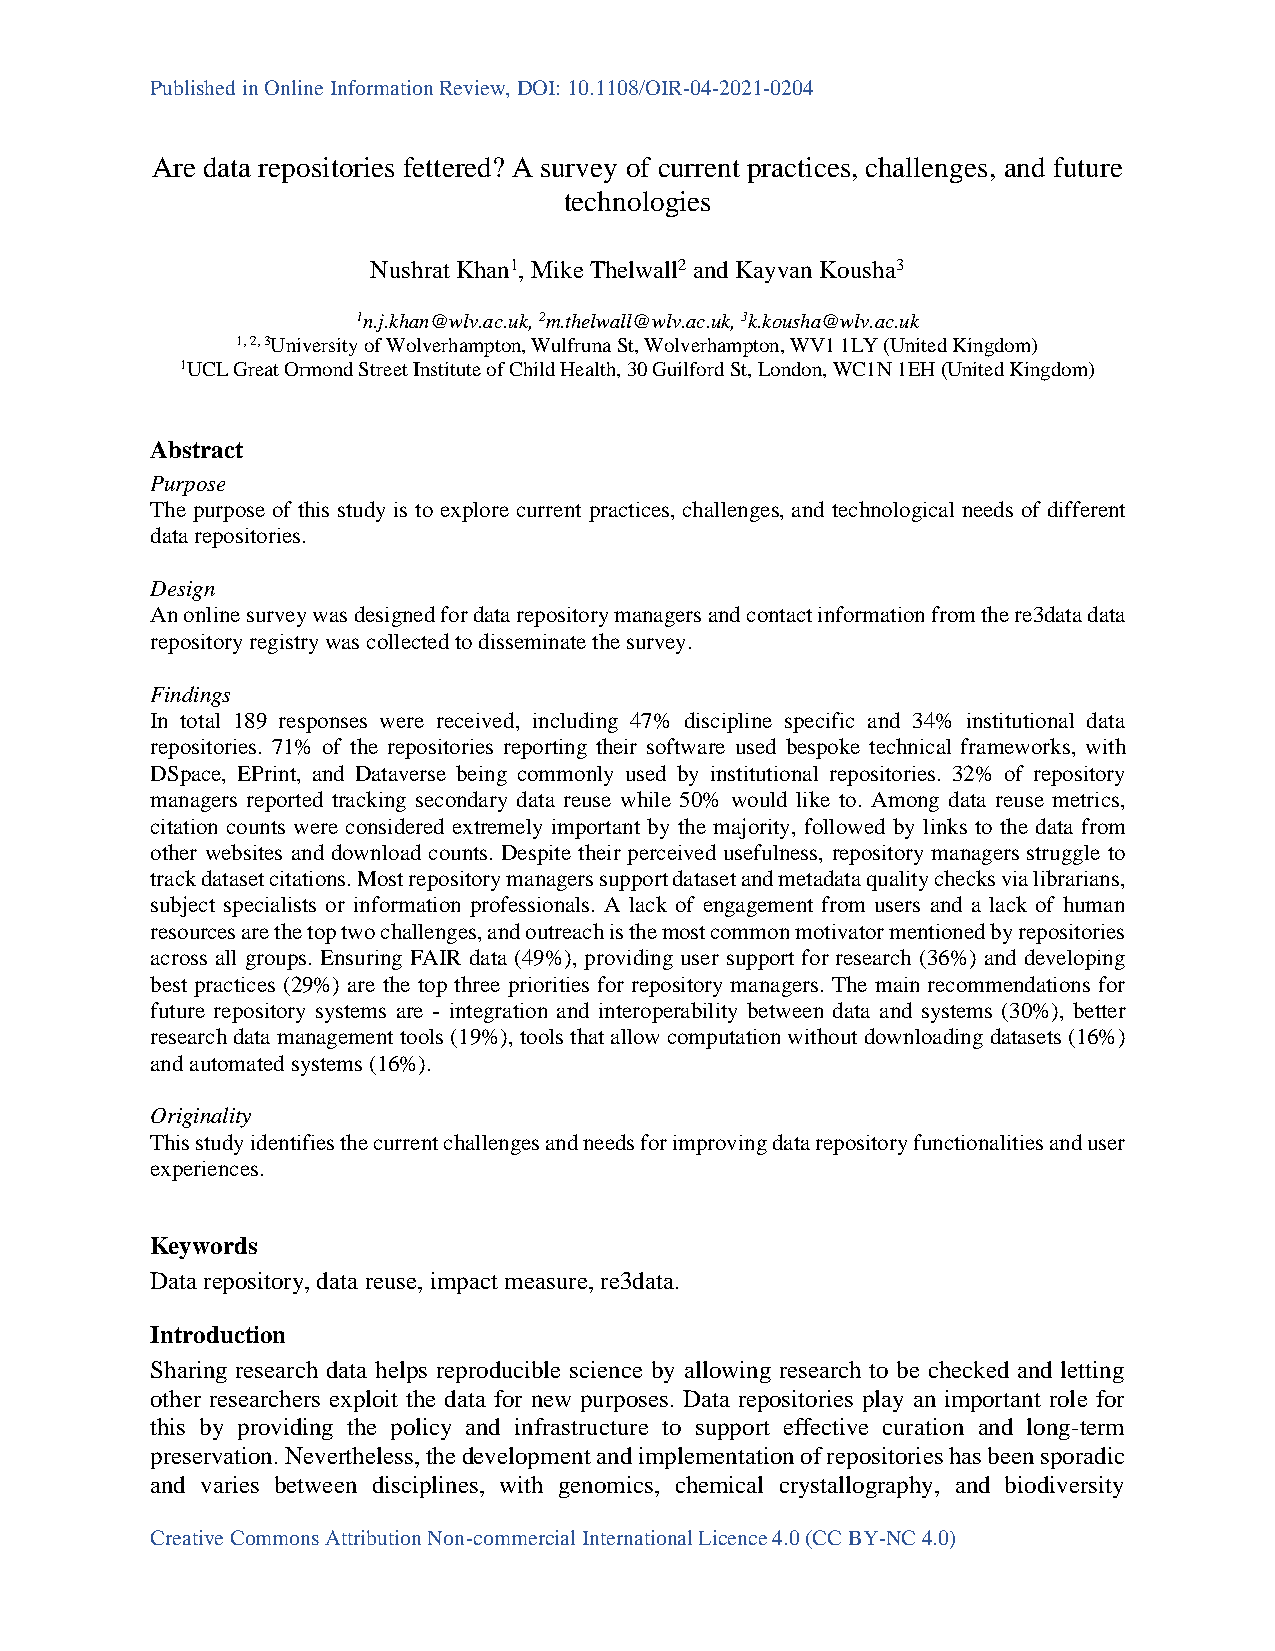
Published in Online Information Review, DOI: 10.1108/OIR-04-2021-0204
 Are data repositories fettered? A survey of current practices, challenges, and future
 technologies
 Nushrat Khan1, Mike Thelwall2 and Kayvan Kousha3
 1n.j.khan@wlv.ac.uk, 2m.thelwall@wlv.ac.uk, 3k.kousha@wlv.ac.uk
 1, 2, 3University of Wolverhampton, Wulfruna St, Wolverhampton, WV1 1LY (United Kingdom)
 1UCL Great Ormond Street Institute of Child Health, 30 Guilford St, London, WC1N 1EH (United Kingdom)
 Abstract
 Purpose
 The purpose of this study is to explore current practices, challenges, and technological needs of different
 data repositories.
 Design
 An online survey was designed for data repository managers and contact information from the re3data data
 repository registry was collected to disseminate the survey.
 Findings
 In total 189 responses were received, including 47% discipline specific and 34% institutional data
 repositories. 71% of the repositories reporting their software used bespoke technical frameworks, with
 DSpace, EPrint, and Dataverse being commonly used by institutional repositories. 32% of repository
 managers reported tracking secondary data reuse while 50% would like to. Among data reuse metrics,
 citation counts were considered extremely important by the majority, followed by links to the data from
 other websites and download counts. Despite their perceived usefulness, repository managers struggle to
 track dataset citations. Most repository managers support dataset and metadata quality checks via librarians,
 subject specialists or information professionals. A lack of engagement from users and a lack of human
 resources are the top two challenges, and outreach is the most common motivator mentioned by repositories
 across all groups. Ensuring FAIR data (49%), providing user support for research (36%) and developing
 best practices (29%) are the top three priorities for repository managers. The main recommendations for
 future repository systems are - integration and interoperability between data and systems (30%), better
 research data management tools (19%), tools that allow computation without downloading datasets (16%)
 and automated systems (16%).
 Originality
 This study identifies the current challenges and needs for improving data repository functionalities and user
 experiences.
 Keywords
 Data repository, data reuse, impact measure, re3data.
 Introduction
 Sharing research data helps reproducible science by allowing research to be checked and letting
 other researchers exploit the data for new purposes. Data repositories play an important role for
 this by providing the policy and infrastructure to support effective curation and long-term
 preservation. Nevertheless, the development and implementation of repositories has been sporadic
 and varies between disciplines, with genomics, chemical crystallography, and biodiversity
 Creative Commons Attribution Non-commercial International Licence 4.0 (CC BY-NC 4.0)